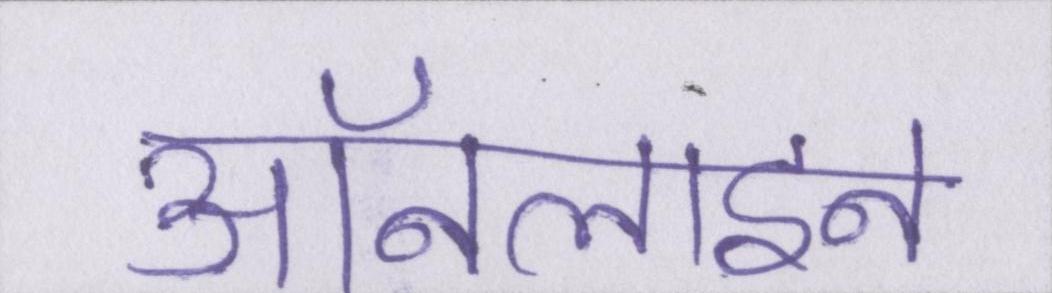
ऑनलाइन